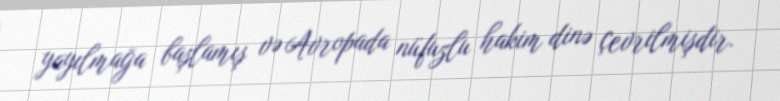
yayılmağa başlamış və Avropada nüfuzlu hakim dinə çevrilmişdir.